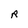
Character: R